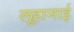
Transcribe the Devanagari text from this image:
लूहानाई